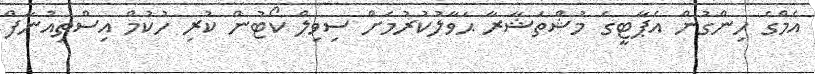
އެމްގެ ހިންގުން އެޕާޓީގެ މުޝްތަޝާރާ ޙަވާލުކުރުމަށް ސިވިލް ކޯޓުން ކުރި ހުކުމް އިސްތިއުނާފް